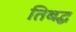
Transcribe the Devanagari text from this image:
तिबद्ध